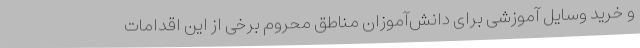
و خرید وسایل آموزشی برای دانش‌آموزان مناطق محروم برخی از این اقدامات